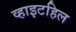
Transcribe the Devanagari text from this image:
व्हाइटहिल